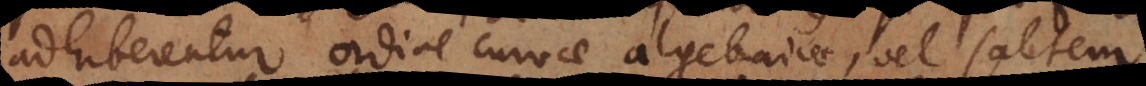
adhiberentur ordine curvae algebraicae, vel saltem